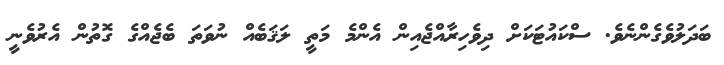
ބަދަލުވެގެންނެވެ. ސްކައުޓަކަށް ދިވެހިރާއްޖެއިން އެންމެ މަތީ ލަޤަބެއް ނުވަތަ ބެޖެއްގެ ގޮތުން އެރުވެނީ